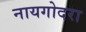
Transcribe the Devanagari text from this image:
नायगोदरा